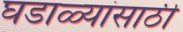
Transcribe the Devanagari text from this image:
घडाळ्यांसाठी